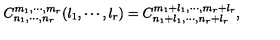
C _ { n _ { 1 } , \cdots , n _ { r } } ^ { m _ { 1 } , \cdots , m _ { r } } ( l _ { 1 } , \cdots , l _ { r } ) = C _ { n _ { 1 } + l _ { 1 } , \cdots , n _ { r } + l _ { r } } ^ { m _ { 1 } + l _ { 1 } , \cdots , m _ { r } + l _ { r } } ,